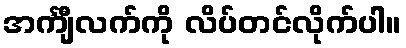
အင်္ကျီလက်ကို လိပ်တင်လိုက်ပါ။